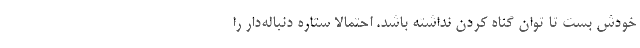
خودش بست تا توان گناه کردن نداشته باشد. احتمالا ستاره دنباله‌دار را